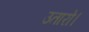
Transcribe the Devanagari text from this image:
उतारो।